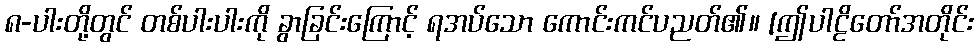
၈-ပါးတို့တွင် တစ်ပါးပါးကို ခွာခြင်းကြောင့် ရအပ်သော ကောင်းကင်ပညတ်၏။ [ဤပါဠိတော်အတိုင်း